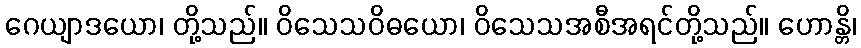
ဂေယျာဒယော၊ တို့သည်။ ဝိသေသဝိဓယော၊ ဝိသေသအစီအရင်တို့သည်။ ဟောန္တိ၊